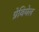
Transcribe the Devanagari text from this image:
ग्रेवियेल